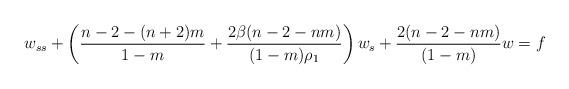
LaTeX: \begin{align*}w_{ss}+\left(\frac{n-2-(n+2)m}{1-m}+\frac{2\beta(n-2-nm)}{(1-m)\rho_1}\right)w_s+\frac{2(n-2-nm)}{(1-m)}w=f\end{align*}